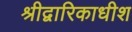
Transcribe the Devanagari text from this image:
श्रीद्वारिकाधीश